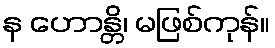
န ဟောန္တိ၊ မဖြစ်ကုန်။